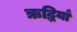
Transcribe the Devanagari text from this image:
ऋद्धियाँ